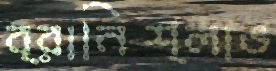
ব্রানিশ্লাভ